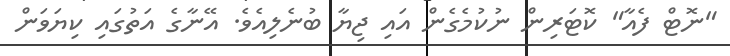
"ނޮޓް ފެއާ" ކޮޓަރިން ނުކުމެގެން އައި ޖިޔާ ބުނެލިއެވެ. އޭނާގެ އަތުގައި ކިޔަވަން